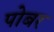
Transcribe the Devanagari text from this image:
पोबर